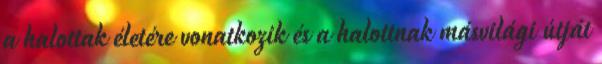
a halottak életére vonatkozik és a halottnak másvilági útját